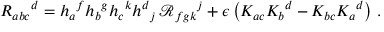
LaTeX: R _ { a b c } { } ^ { d } = h _ { a } { } ^ { f } h _ { b } { } ^ { g } h _ { c } { } ^ { k } h ^ { d } { } _ { j } \, { \mathcal R } _ { f g k } { } ^ { j } + \epsilon \left( K _ { a c } K _ { b } { } ^ { d } - K _ { b c } K _ { a } { } ^ { d } \right) \, .